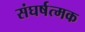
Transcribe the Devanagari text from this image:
संघर्षत्मक